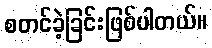
စတင်ခဲ့ခြင်းဖြစ်ပါတယ်။